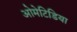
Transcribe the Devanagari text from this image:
ओमेटिडिया